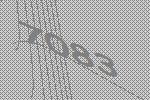
7083